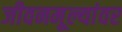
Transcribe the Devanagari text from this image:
जीवनमूल्यांवर